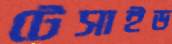
টেসাইড